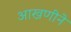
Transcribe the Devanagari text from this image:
आखणीने